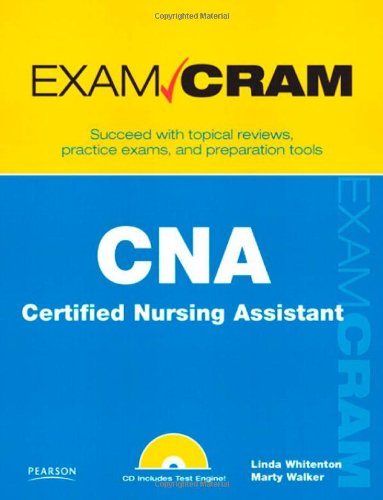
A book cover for CNA Certified Nursing Assistant Exam Cram; Linda Whitenton; Test Preparation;